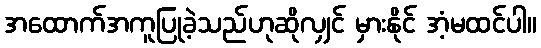
အထောက်အကူပြုခဲ့သည်ဟုဆိုလျှင် မှားနိုင် အံ့မထင်ပါ။